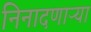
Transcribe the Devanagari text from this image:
निनादणाऱ्या